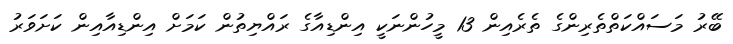
ބޭރު މަސައްކަތްތެރިންގެ ތެރެއިން 13 މީހުންނަކީ އިންޑިއާގެ ރައްޔިތުން ކަމަށް އިންޑިއާއިން ކަށަވަރު